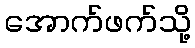
အောက်ဖက်သို့